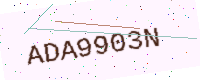
Text: ADA9903N